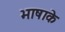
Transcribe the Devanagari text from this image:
भाषाके